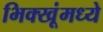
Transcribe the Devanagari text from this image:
भिक्खूंमध्ये